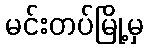
မင်းတပ်မြို့မှ